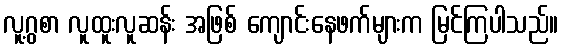
လူ့ဂွစာ လူထူးလူဆန်း အဖြစ် ကျောင်းနေဖက်များက မြင်ကြပါသည်။